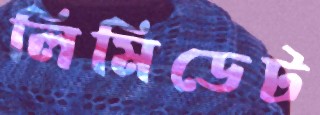
লিমিডেট